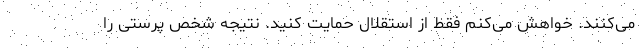
می‌کنند. خواهش می‌کنم فقط از استقلال حمایت کنید. نتیجه شخص پرستی را